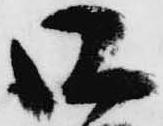
口